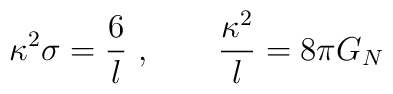
\kappa^2 \sigma = {6\over l} \ ,\qquad   {\kappa^2 \over l} = 8\pi G_N